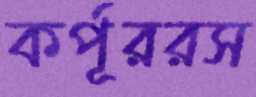
কর্পূররস